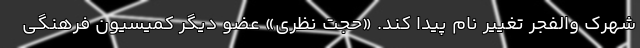
شهرک والفجر تغییر نام پیدا کند. «حجت نظری» عضو دیگر کمیسیون فرهنگی